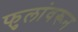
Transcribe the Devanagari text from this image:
फुलांवरून